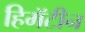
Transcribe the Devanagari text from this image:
हिमॅटीन